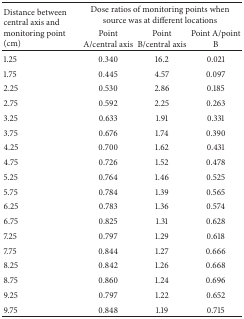
<table><thead><tr><td rowspan="2"><b>Distance between central axis and monitoring point (cm)</b></td><td colspan="3"><b>Dose ratios of monitoring points when source was at different locations</b></td></tr><tr><td><b>Point A/central axis</b></td><td><b>Point B/central axis</b></td><td><b>Point A/point B</b></td></tr></thead><tbody><tr><td>1.25</td><td>0.340 </td><td>16.2 </td><td>0.021</td></tr><tr><td>1.75</td><td>0.445 </td><td>4.57 </td><td>0.097</td></tr><tr><td>2.25</td><td>0.530 </td><td>2.86 </td><td>0.185 </td></tr><tr><td>2.75</td><td>0.592 </td><td>2.25 </td><td>0.263 </td></tr><tr><td>3.25</td><td>0.633 </td><td>1.91 </td><td>0.331 </td></tr><tr><td>3.75</td><td>0.676 </td><td>1.74 </td><td>0.390 </td></tr><tr><td>4.25</td><td>0.700 </td><td>1.62 </td><td>0.431 </td></tr><tr><td>4.75</td><td>0.726 </td><td>1.52 </td><td>0.478 </td></tr><tr><td>5.25</td><td>0.764 </td><td>1.46 </td><td>0.525 </td></tr><tr><td>5.75</td><td>0.784 </td><td>1.39 </td><td>0.565 </td></tr><tr><td>6.25</td><td>0.783 </td><td>1.36 </td><td>0.574 </td></tr><tr><td>6.75</td><td>0.825 </td><td>1.31 </td><td>0.628 </td></tr><tr><td>7.25</td><td>0.797 </td><td>1.29 </td><td>0.618 </td></tr><tr><td>7.75</td><td>0.844 </td><td>1.27 </td><td>0.666 </td></tr><tr><td>8.25</td><td>0.842 </td><td>1.26 </td><td>0.668 </td></tr><tr><td>8.75</td><td>0.860 </td><td>1.24 </td><td>0.696 </td></tr><tr><td>9.25</td><td>0.797 </td><td>1.22 </td><td>0.652 </td></tr><tr><td>9.75</td><td>0.848 </td><td>1.19 </td><td>0.715 </td></tr></tbody></table>